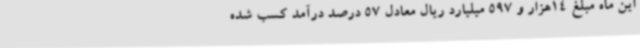
این ماه مبلغ 14هزار و 597 میلیارد ریال معادل 57 درصد درآمد کسب شده